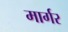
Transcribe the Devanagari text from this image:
मार्गर